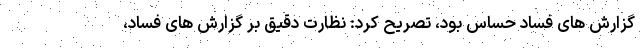
گزارش های فساد حساس بود، تصریح کرد: نظارت دقیق بر گزارش های فساد،